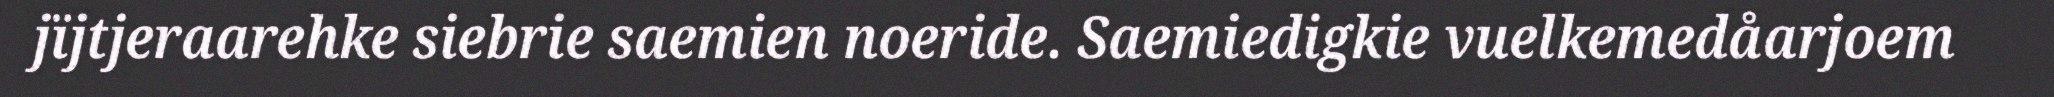
jïjtjeraarehke siebrie saemien noeride. Saemiedigkie vuelkemedåarjoem